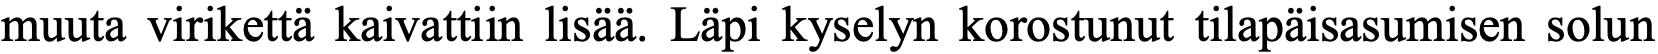
muuta virikettä kaivattiin lisää. Läpi kyselyn korostunut tilapäisasumisen solun